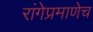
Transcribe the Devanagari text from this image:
रांगेप्रमाणेच